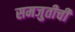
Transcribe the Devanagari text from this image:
समजुतीची